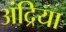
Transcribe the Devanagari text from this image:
अंद्रिया